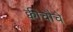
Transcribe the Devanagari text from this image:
क्वीचौचे